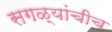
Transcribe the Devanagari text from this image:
सगळ्यांचीच